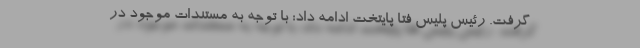
گرفت. رئیس پلیس فتا پایتخت ادامه داد: با توجه به مستندات موجود در